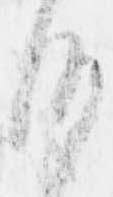
沙